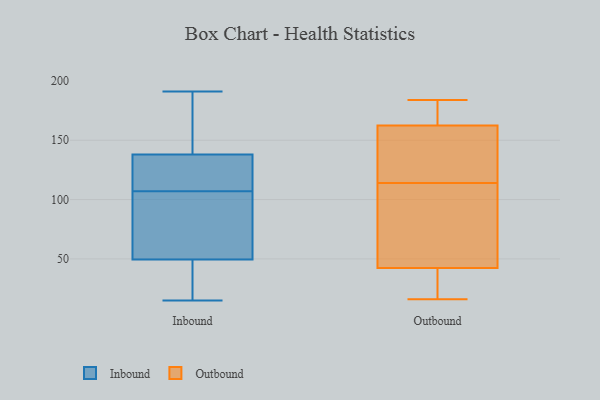
{"axis": {"x": "Inventory Turnover", "y": "Value"}, "legend": ["Inbound", "Outbound"], "data": [{"x": "", "y": 25, "type": "Inbound"}, {"x": "", "y": 128, "type": "Inbound"}, {"x": "", "y": 125, "type": "Inbound"}, {"x": "", "y": 43, "type": "Inbound"}, {"x": "", "y": 173, "type": "Inbound"}, {"x": "", "y": 114, "type": "Inbound"}, {"x": "", "y": 191, "type": "Inbound"}, {"x": "", "y": 100, "type": "Inbound"}, {"x": "", "y": 85, "type": "Inbound"}, {"x": "", "y": 78, "type": "Inbound"}, {"x": "", "y": 86, "type": "Inbound"}, {"x": "", "y": 15, "type": "Inbound"}, {"x": "", "y": 31, "type": "Inbound"}, {"x": "", "y": 56, "type": "Inbound"}, {"x": "", "y": 123, "type": "Inbound"}, {"x": "", "y": 167, "type": "Inbound"}, {"x": "", "y": 173, "type": "Inbound"}, {"x": "", "y": 148, "type": "Inbound"}, {"x": "", "y": 23, "type": "Inbound"}, {"x": "", "y": 120, "type": "Inbound"}, {"x": "", "y": 46, "type": "Outbound"}, {"x": "", "y": 184, "type": "Outbound"}, {"x": "", "y": 135, "type": "Outbound"}, {"x": "", "y": 151, "type": "Outbound"}, {"x": "", "y": 72, "type": "Outbound"}, {"x": "", "y": 52, "type": "Outbound"}, {"x": "", "y": 28, "type": "Outbound"}, {"x": "", "y": 162, "type": "Outbound"}, {"x": "", "y": 164, "type": "Outbound"}, {"x": "", "y": 114, "type": "Outbound"}, {"x": "", "y": 16, "type": "Outbound"}, {"x": "", "y": 178, "type": "Outbound"}, {"x": "", "y": 31, "type": "Outbound"}]}